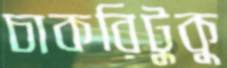
চাকরিটুকু